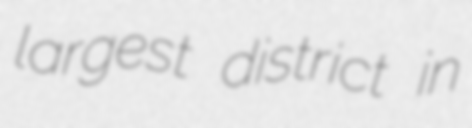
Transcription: largest district in